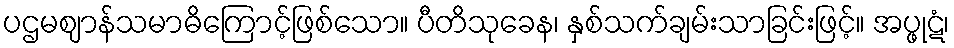
ပဌမဈာန်သမာဓိကြောင့်ဖြစ်သော။ ပီတိသုခေန၊ နှစ်သက်ချမ်းသာခြင်းဖြင့်။ အပ္ဖုဋံ၊